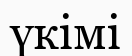
үкімі